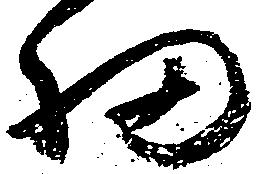
細